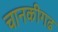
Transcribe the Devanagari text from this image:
चानकीगढ